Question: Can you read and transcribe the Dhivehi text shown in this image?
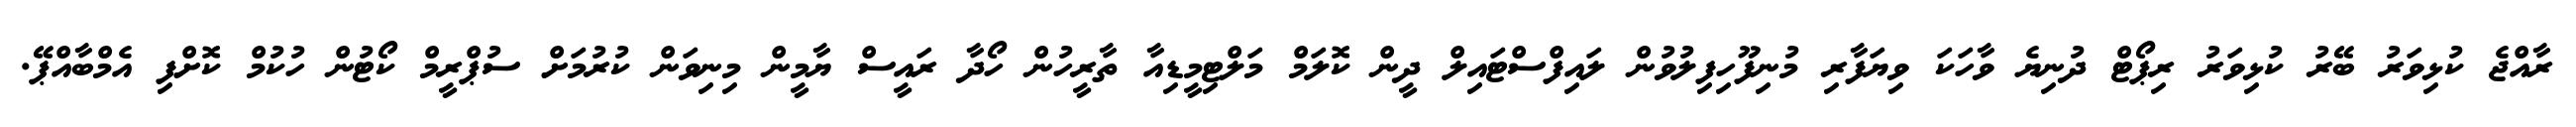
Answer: ރާއްޖެ ކުޅިވަރު ބޭރު ކުޅިވަރު ރިޕޯޓް ދުނިޔެ ވާހަކަ ވިޔަފާރި މުނިފޫހިފިލުވުން ލައިފްސްޓައިލް ދީން ކޮލަމް މަލްޓިމީޑިއާ ތާރީހުން ހޯދާ ރައީސް ޔާމީން މިނިވަން ކުރުމަށް ސުޕްރީމް ކޯޓުން ހުކުމް ކޮށްފި އެމްބާއްޕޭ.